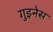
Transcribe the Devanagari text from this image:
गुइनेस